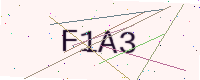
Text: F1A3